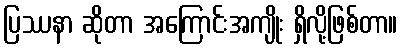
ပြဿနာ ဆိုတာ အကြောင်းအကျိုး ရှိလို့ဖြစ်တာ။